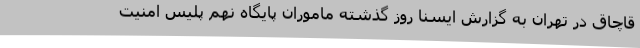
قاچاق در تهران به گزارش ایسنا روز گذشته ماموران پایگاه نهم پلیس امنیت